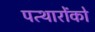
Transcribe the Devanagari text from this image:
पत्थारोंको